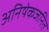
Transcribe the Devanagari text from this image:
अनिषेकजनित